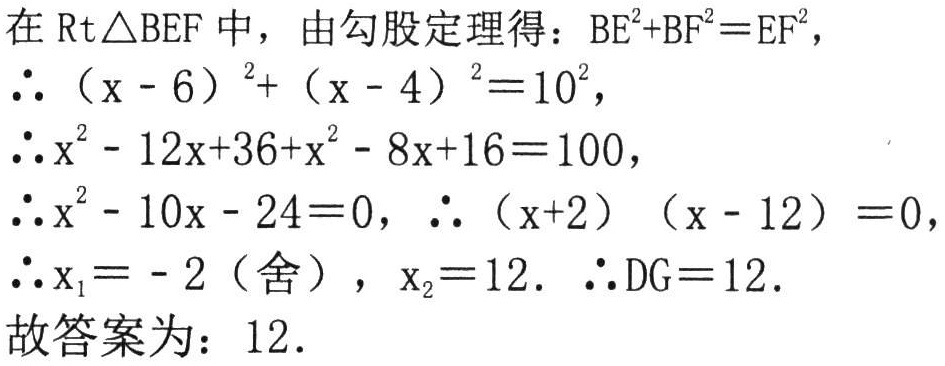
在\(\text{Rt}\triangle BEF\)中，由勾股定理得：\(BE^{2}+BF^{2}=EF^{2}\)，
\(\therefore (x - 6)^{2}+(x - 4)^{2}=10^{2}\)，
\(\therefore x^{2}-12x + 36+x^{2}-8x + 16 = 100\)，
\(\therefore x^{2}-10x - 24 = 0\)，\(\therefore (x + 2)(x - 12)=0\)，
\(\therefore x_{1}=-2\)（舍），\(x_{2}=12\). \(\therefore DG = 12\).
故答案为：\(12\).